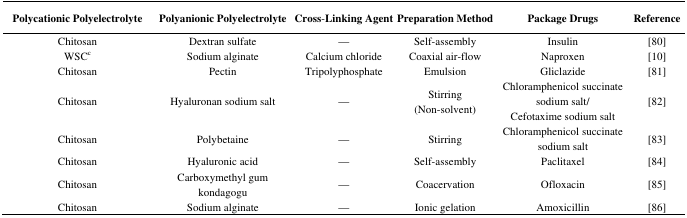
| Polycationic Polyelectrolyte | Polyanionic Polyelectrolyte | Cross-Linking Agent | Preparation Method | Package Drugs | Reference |
 | --- | --- | --- | --- | --- | --- |
 | Chitosan | Dextran sulfate | — | Self-assembly | Insulin | [80] |
 | WSCc | Sodium alginate | Calcium chloride | Coaxial air-flow | Naproxen | [10] |
 | Chitosan | Pectin | Tripolyphosphate | Emulsion | Gliclazide | [81] |
 | Chitosan | Hyaluronan sodium salt | — | Stirring (Non-solvent) | Chloramphenicol succinate sodium salt/Cefotaxime sodium salt | [82] |
 | Chitosan | Polybetaine | — | Stirring | Chloramphenicol succinate sodium salt | [83] |
 | Chitosan | Hyaluronic acid | — | Self-assembly | Paclitaxel | [84] |
 | Chitosan | Carboxymethyl gum kondagogu | — | Coacervation | Ofloxacin | [85] |
 | Chitosan | Sodium alginate | — | Ionic gelation | Amoxicillin | [86] |